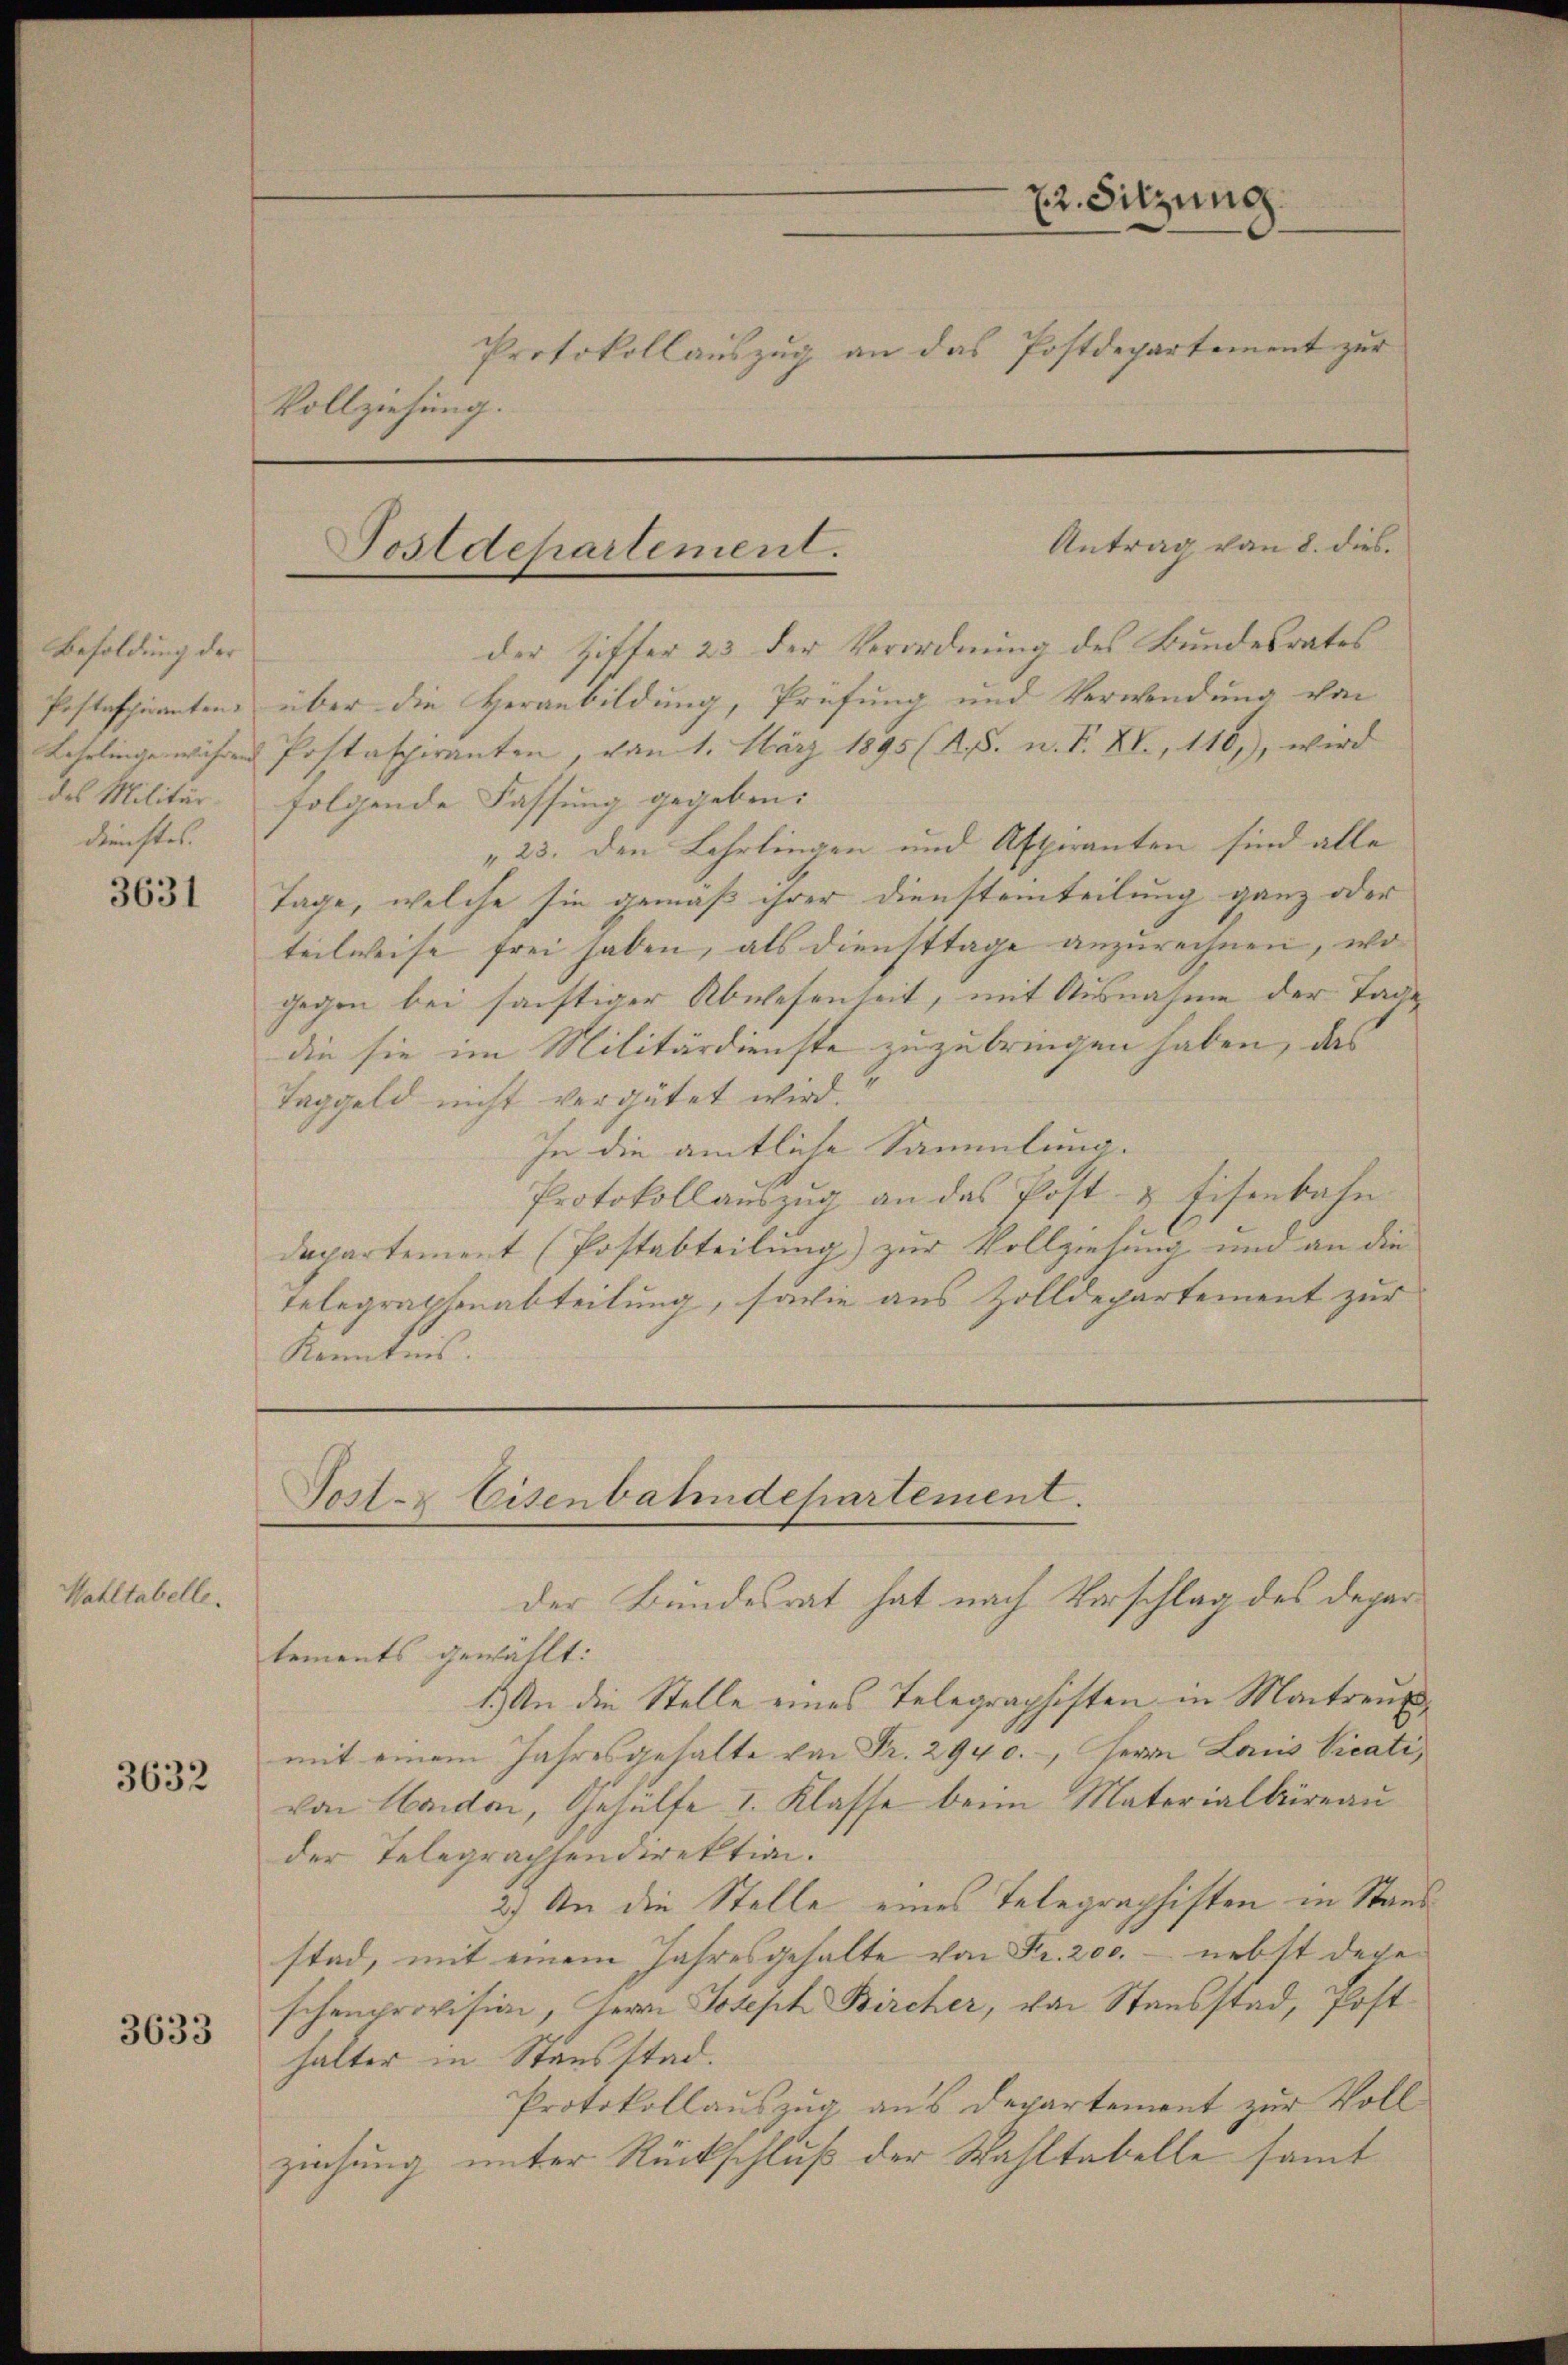
Besoldung der
Pestaspiranten.
dienstes.

Wahllabell.

3631

3632

3633

Vollziehung.

Antrag von 8. dies
Postdepartement.

der Ziffer 23 der Verordnung des Bundesrates
über die Veranbildung, Prüfung und Verwendung von
Lehrlinge währen Postaspiranten, vom 1. März 1895 (A. S. n. F. XV, 116), wird
des Militär- folgende Fassung gegeben:
„23. den Lehrlingen und Aspiranten sind alle
Tage, welche sie gemäß ihrer Diensteinteilung ganz oder
teilweise frei haben, als Diensttage anzurechnen, wo
gegen bei sanftiger Abwesenheit, mit Ausnahme der Tage
die sie im Militärdienste zuzubringen haben, das
Taggeld nicht vergütet wird.
In die amtliche Sammlung.
Protokoll aŭszŭg an das Post- & Eisenbahn.
departement (Postabteilung) zur Vollziehung und an die
Telegraphenabteilung, sowie aus Zolldepartement zur
Kenntnis.

Poster Eisenbahndepartement.

22. Sitzung
Protokollauszug an das Postdepartement zur

der Bundesrat hat nach Vorschlag des Departements gewählt:
1.) An die Stelle eines Telegraphisten in Montreumit einem Jahresgehalte von Fr. 294 c., Herrn Laus Vicati
von Haider, Gehülfe I. Klasse beim Matorialbüreau
der Telegrachsendirektion.
2) An die Stelle eines Telegraphisten in Stand
stad, mit einem Jahresgehalte von Fr. 200. - nebst dageschenprovision, Herrn Joseph Bircher, von Stausstad, Posthalter in Stausstad.
Protokollauszug aus Departement zur Vollziehung unter Rückschluß der Wahltabelle samt

f